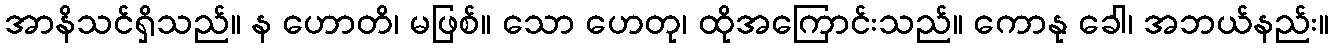
အာနိသင်ရှိသည်။ န ဟောတိ၊ မဖြစ်။ သော ဟေတု၊ ထိုအကြောင်းသည်။ ကောနု ခေါ၊ အဘယ်နည်း။